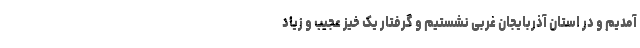
آمدیم و در استان آذربایجان غربی نشستیم و گرفتار یک خیز عجیب و زیاد